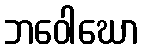
ဘဝေါဃော